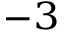
^ { - 3 }